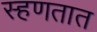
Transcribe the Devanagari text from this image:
स्हणतात